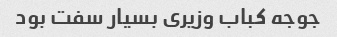
جوجه کباب وزیری بسیار سفت بود